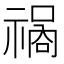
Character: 𱵣